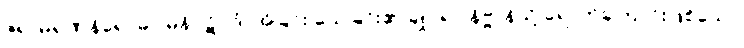
ဇရာမရဏနိရောဓဂါမိနိပဋိပဒံ၊ အိုခြင်း သေခြင်း၏ ချုပ်ရာ နိဗ္ဗာန်သို့ ရောက်ကြောင်းဖြစ်သော